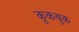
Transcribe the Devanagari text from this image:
कूकबुक